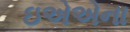
ઇએએના